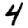
Digit: 4